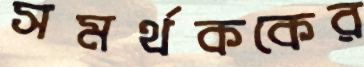
সমর্থককের